Civil Veterinary Department Bihar reports 1936-40 - 1936-1940
Year: 1936
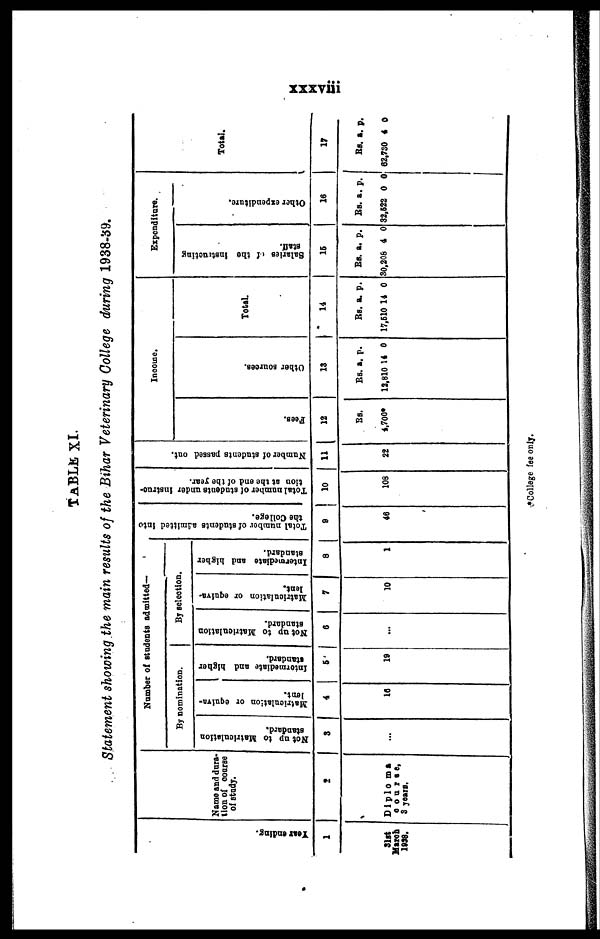
xxxviii
TABLE XI.
Statement showing the main results of the Bihar Veterinary College during 1938-59.
Year ending.
1
31st
March
1938.
Name and dura-
tion of course
of study.
2
Dl plo ma
course,
3 years.
Number of students admitted-
By nomination.
Not up to Matriculation
standard.
3
Matriculation or equlya-
lent.
4
18
Intermediate and higher
standard.
5
18
By selection.
Not up to Matrlonlation
standard.
6
Matriculation
or equiya-
lent.
7
10
Intermediate and higher
standard.
8
1
Total number of students admitted into
the College.
9
46
Total number of students under instruc-
tion at the end of the year.
10
108
Number of students passed out.
11
22
Income.
Fees.
12
Rs.
4,700
Other sources.
13
Rs.
13,810
a.
14
p.
0
Total
14
Rs.
17,510
a.
14
p.
0
Expenditure.
Salaries of the Instructing
staff.
15
Rs.
30,208
a.
4
p.
0
Other expenditure.
16
Rs.
32,622
a.
0
p.
0
Total.
17
Rs.
62,730
a.
4
p.
0
*College fee only.